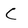
Character: C